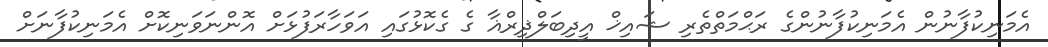
އެމަނިކުފާނުން އެމަނިކުފާނުންގެ ރަޙްމަތްތެރި ޝައިޚް އީދިބަލްޛިރްޣާ ގެ ގެކޮޅުގައި އަވަހާރަފުޅަށް އޮންނަވަނިކޮށް އެމަނިކުފާނަށް